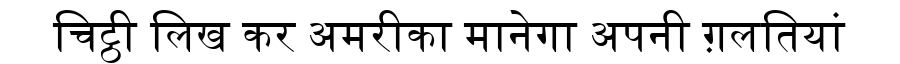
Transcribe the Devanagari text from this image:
चिट्ठी लिख कर अमरीका मानेगा अपनी ग़लतियां